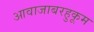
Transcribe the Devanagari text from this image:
आवाजाबरहुकूम